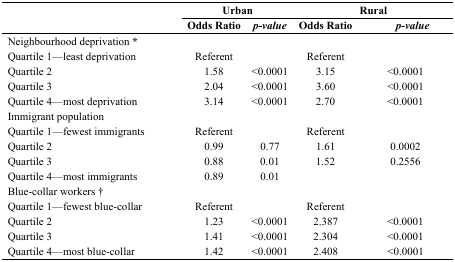
| <ROWSPAN=2>  | <COLSPAN=2> Urban | <COLSPAN=2> Rural |
 | Odds Ratio | p-value | Odds Ratio | p-value |
 | --- | --- | --- | --- | --- |
 | <COLSPAN=5> Neighbourhood deprivation * |
 | Quartile 1—least deprivation | Referent |  | Referent |  |
 | Quartile 2 | 1.58 | <0.0001 | 3.15 | <0.0001 |
 | Quartile 3 | 2.04 | <0.0001 | 3.60 | <0.0001 |
 | Quartile 4—most deprivation | 3.14 | <0.0001 | 2.70 | <0.0001 |
 | <COLSPAN=5> Immigrant population |
 | Quartile 1—fewest immigrants | Referent |  | Referent |  |
 | Quartile 2 | 0.99 | 0.77 | 1.61 | 0.0002 |
 | Quartile 3 | 0.88 | 0.01 | 1.52 | 0.2556 |
 | Quartile 4—most immigrants | 0.89 | 0.01 |  |  |
 | <COLSPAN=5> Blue-collar workers † |
 | Quartile 1—fewest blue-collar | Referent |  | Referent |  |
 | Quartile 2 | 1.23 | <0.0001 | 2.387 | <0.0001 |
 | Quartile 3 | 1.41 | <0.0001 | 2.304 | <0.0001 |
 | Quartile 4—most blue-collar | 1.42 | <0.0001 | 2.408 | <0.0001 |